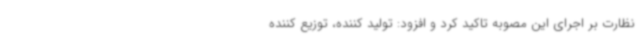
نظارت بر اجرای این مصوبه تاکید کرد و افزود: تولید کننده، توزیع کننده